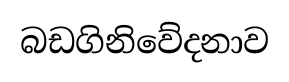
බඩගිනිවේදනාව